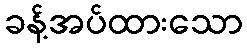
ခန့်အပ်ထားသော